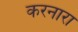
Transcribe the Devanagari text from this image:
करनारा